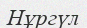
Нұргүл